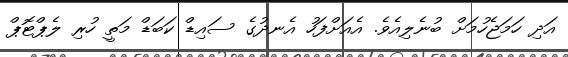
އަދި ހަމަޖެހުމަށް ބުނެލިއެވެ. އެއަށްފަހު އެނދުގެ ސައިޑް ކަބަޑް މަތީ ހުރި ލެޕްޓޮޕް